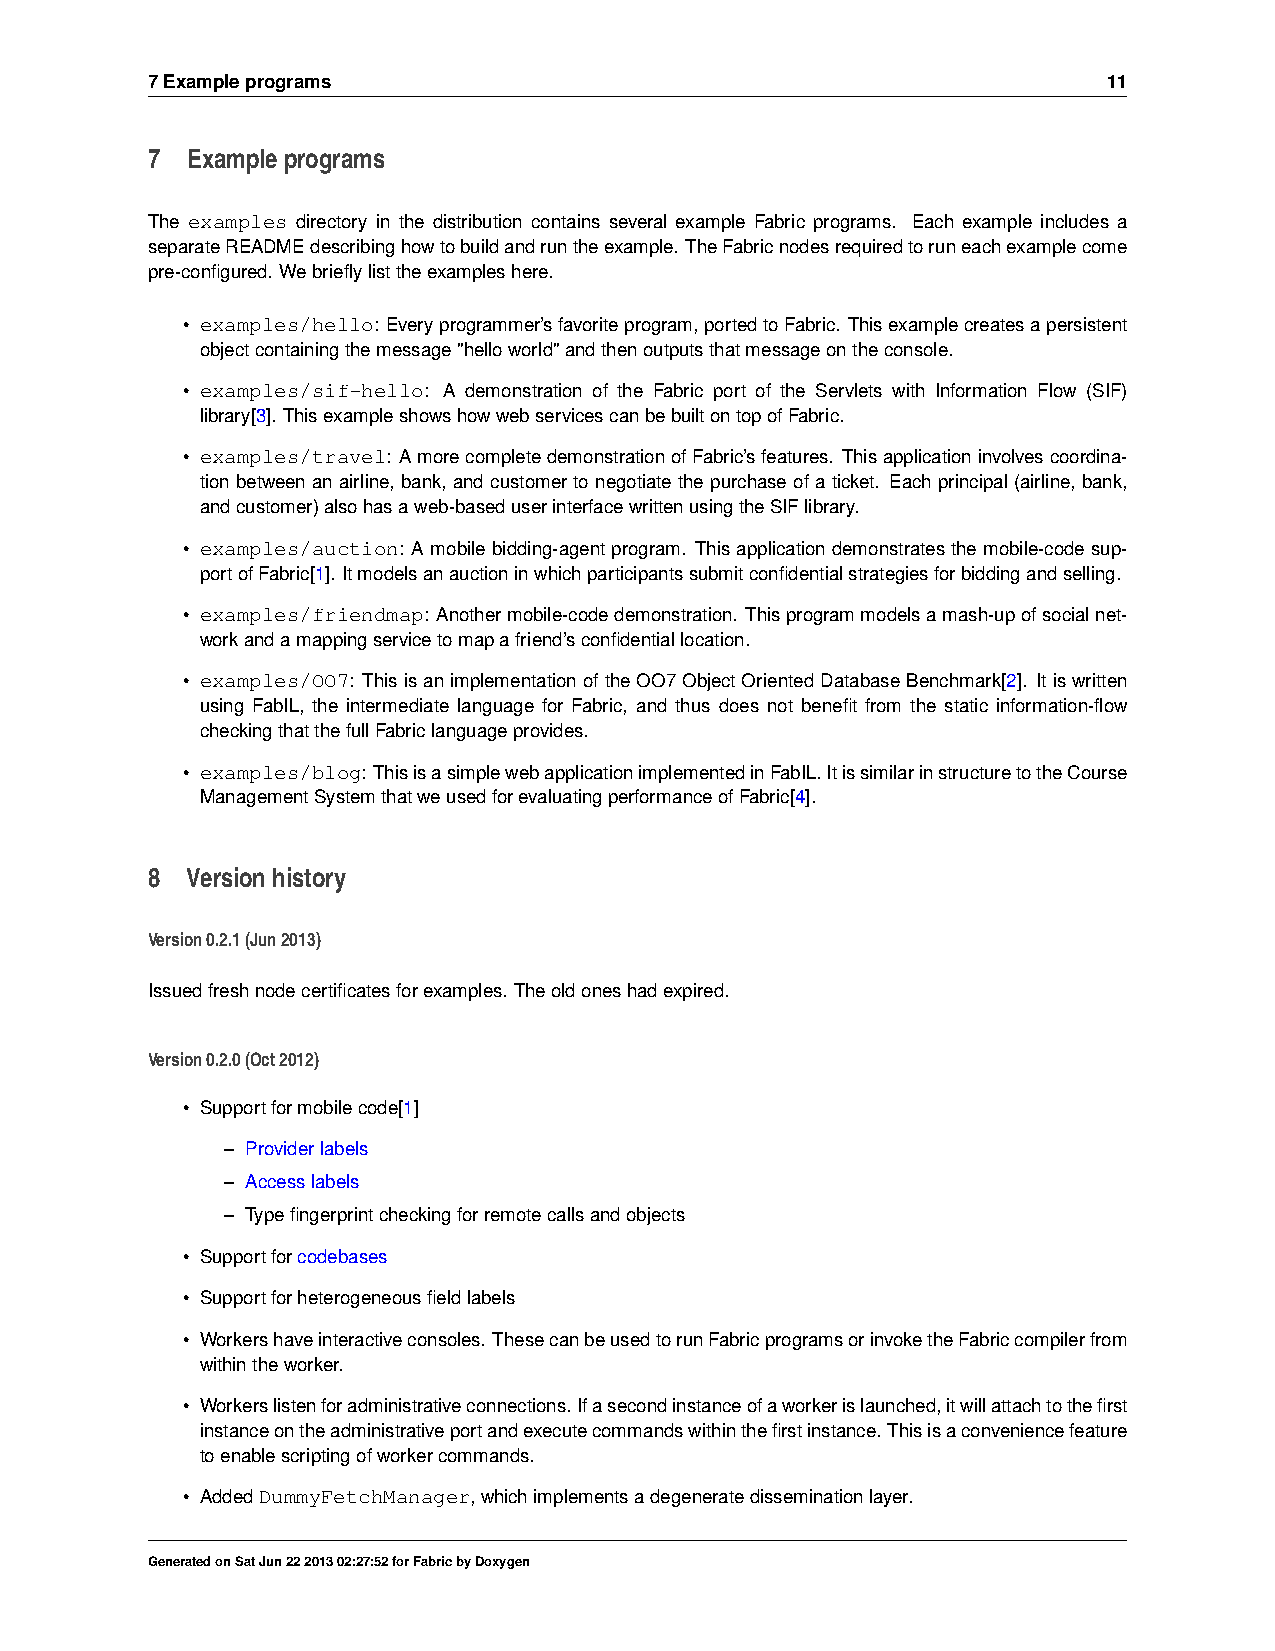
7Exampleprograms                                               11
 7 Exampleprograms
 The examples directory in the distribution contains several example Fabric programs. Each example includes a
 separateREADMEdescribinghowtobuildandruntheexample. TheFabricnodesrequiredtoruneachexamplecome
 pre-configured. Webrieflylisttheexampleshere.
 • examples/hello: Everyprogrammer’sfavoriteprogram,portedtoFabric. Thisexamplecreatesapersistent
 objectcontainingthemessage"helloworld"andthenoutputsthatmessageontheconsole.
 • examples/sif-hello: A demonstration of the Fabric port of the Servlets with Information Flow (SIF)
 library[3]. ThisexampleshowshowwebservicescanbebuiltontopofFabric.
 • examples/travel: AmorecompletedemonstrationofFabric’sfeatures. Thisapplicationinvolvescoordina-
 tionbetweenanairline, bank, andcustomertonegotiatethepurchaseofaticket. Eachprincipal(airline, bank,
 andcustomer)alsohasaweb-baseduserinterfacewrittenusingtheSIFlibrary.
 • examples/auction: Amobilebidding-agentprogram. Thisapplicationdemonstratesthemobile-codesup-
 portofFabric[1]. Itmodelsanauctioninwhichparticipantssubmitconfidentialstrategiesforbiddingandselling.
 • examples/friendmap: Anothermobile-codedemonstration. Thisprogrammodelsamash-upofsocialnet-
 workandamappingservicetomapafriend’sconfidentiallocation.
 • examples/OO7: ThisisanimplementationoftheOO7ObjectOrientedDatabaseBenchmark[2]. Itiswritten
 using FabIL, the intermediate language for Fabric, and thus does not benefit from the static information-flow
 checkingthatthefullFabriclanguageprovides.
 • examples/blog: ThisisasimplewebapplicationimplementedinFabIL.ItissimilarinstructuretotheCourse
 ManagementSystemthatweusedforevaluatingperformanceofFabric[4].
 8 Versionhistory
 Version0.2.1(Jun2013)
 Issuedfreshnodecertificatesforexamples. Theoldoneshadexpired.
 Version0.2.0(Oct2012)
 • Supportformobilecode[1]
 – Providerlabels
 – Accesslabels
 – Typefingerprintcheckingforremotecallsandobjects
 • Supportforcodebases
 • Supportforheterogeneousfieldlabels
 • Workershaveinteractiveconsoles. ThesecanbeusedtorunFabricprogramsorinvoketheFabriccompilerfrom
 withintheworker.
 • Workerslistenforadministrativeconnections.Ifasecondinstanceofaworkerislaunched,itwillattachtothefirst
 instanceontheadministrativeportandexecutecommandswithinthefirstinstance. Thisisaconveniencefeature
 toenablescriptingofworkercommands.
 • AddedDummyFetchManager,whichimplementsadegeneratedisseminationlayer.
 GeneratedonSatJun22201302:27:52forFabricbyDoxygen